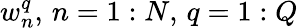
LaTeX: w_{n}^{q},\, n=1:N,\, q=1:Q